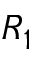
R _ { 1 }